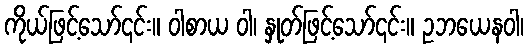
ကိုယ်ဖြင့်သော်၎င်း။ ဝါစာယ ဝါ၊ နှုတ်ဖြင့်သော်၎င်း။ ဥဘယေနဝါ၊